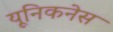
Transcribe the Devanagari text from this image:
यूनिकनेस